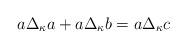
LaTeX: \begin{align*} a\Delta_\kappa a + a\Delta_\kappa b = a\Delta_\kappa c \end{align*}